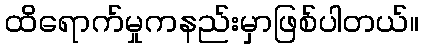
ထိရောက်မှုကနည်းမှာဖြစ်ပါတယ်။